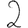
Digit: 2